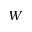
W